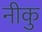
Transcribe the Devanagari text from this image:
नीकु